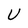
Character: U